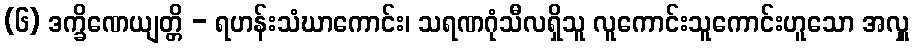
(၆) ဒက္ခိဏေယျတ္တိ - ရဟန်းသံဃာကောင်း၊ သရဏဂုံသီလရှိသူ လူကောင်းသူကောင်းဟူသော အလှူ